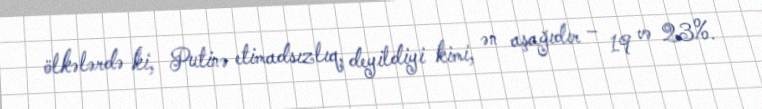
ölkələrdə ki, Putinə etimadsızlıq, deyildiyi kimi, ən aşağıdır – 19 və 23%.